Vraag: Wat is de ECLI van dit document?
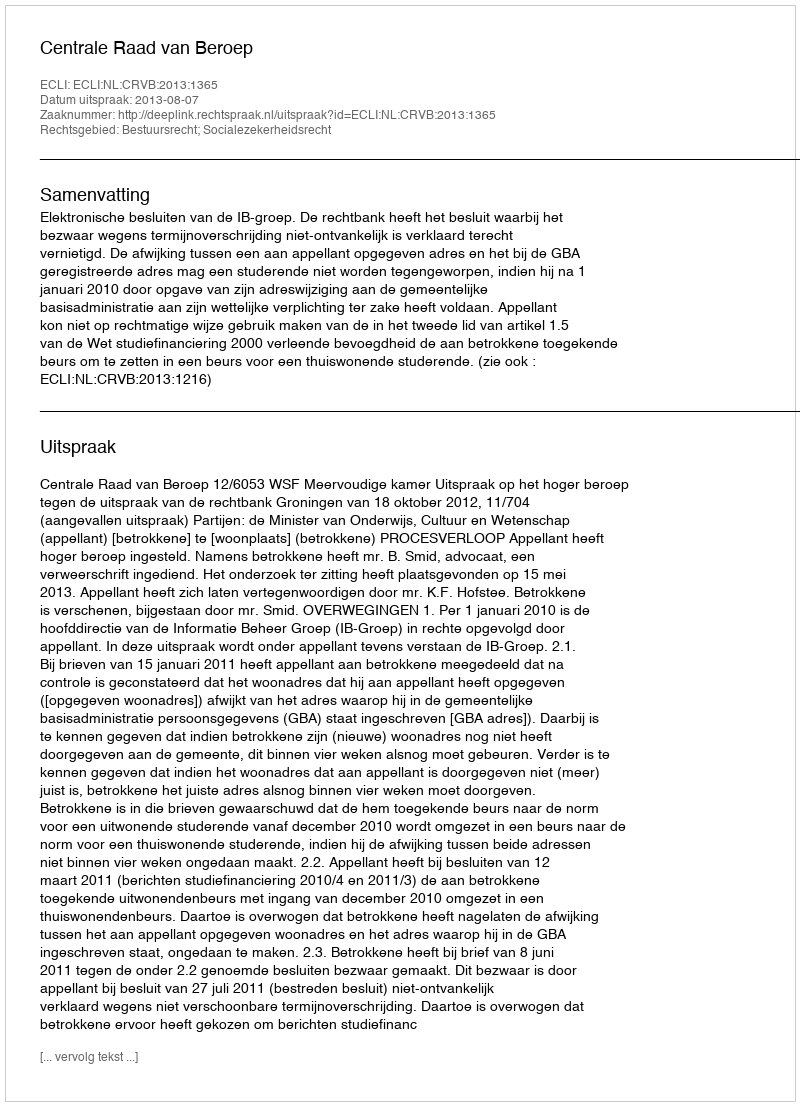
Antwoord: ECLI:NL:CRVB:2013:1365